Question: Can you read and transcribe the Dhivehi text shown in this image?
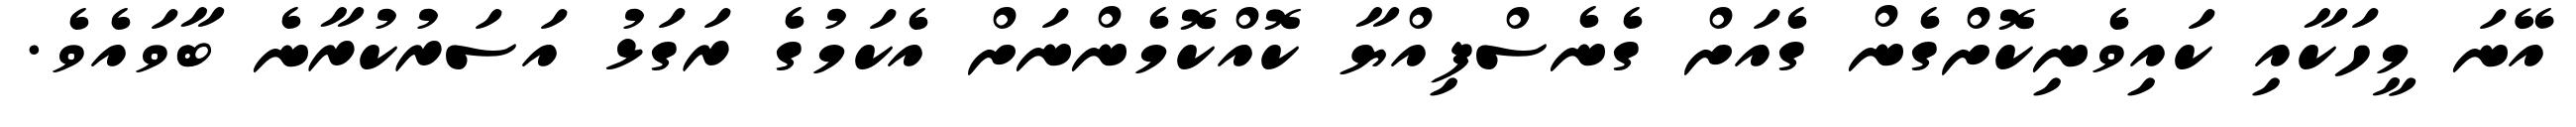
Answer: އޭނަ މީހަކާއި ކައިވެނިކޮށްގެން ގެއަށް ގެނެސްފިއްޔާ ކޮއްކޮމެންނަށް އެކަމުގެ ރަގަޅު އަސަރުކުރާނެ ބާވައެވެ.